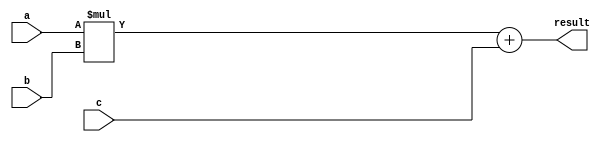
module FusedMultiplyAdd (
    input wire [31:0] a, 
    input wire [31:0] b, 
    input wire [31:0] c, 
    output reg [31:0] result
);

always @(*) begin
    result = a * b + c;
end

endmodule